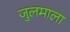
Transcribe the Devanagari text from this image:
जुलमाला